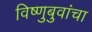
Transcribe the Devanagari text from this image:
विष्णुबुवांचा